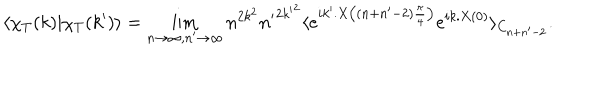
\langle \chi _ { T } ( k ) | \chi _ { T } ( k ^ { \prime } ) \rangle = \lim _ { n \to \infty , n ^ { \prime } \to \infty } n ^ { 2 k ^ { 2 } } { n ^ { \prime } } ^ { 2 { k ^ { \prime } } ^ { 2 } } \langle e ^ { i k ^ { \prime } . X \left( ( n + n ^ { \prime } - 2 ) \frac { \pi } { 4 } \right) } e ^ { i k . X ( 0 ) } \rangle _ { C _ { n + n ^ { \prime } - 2 } } .